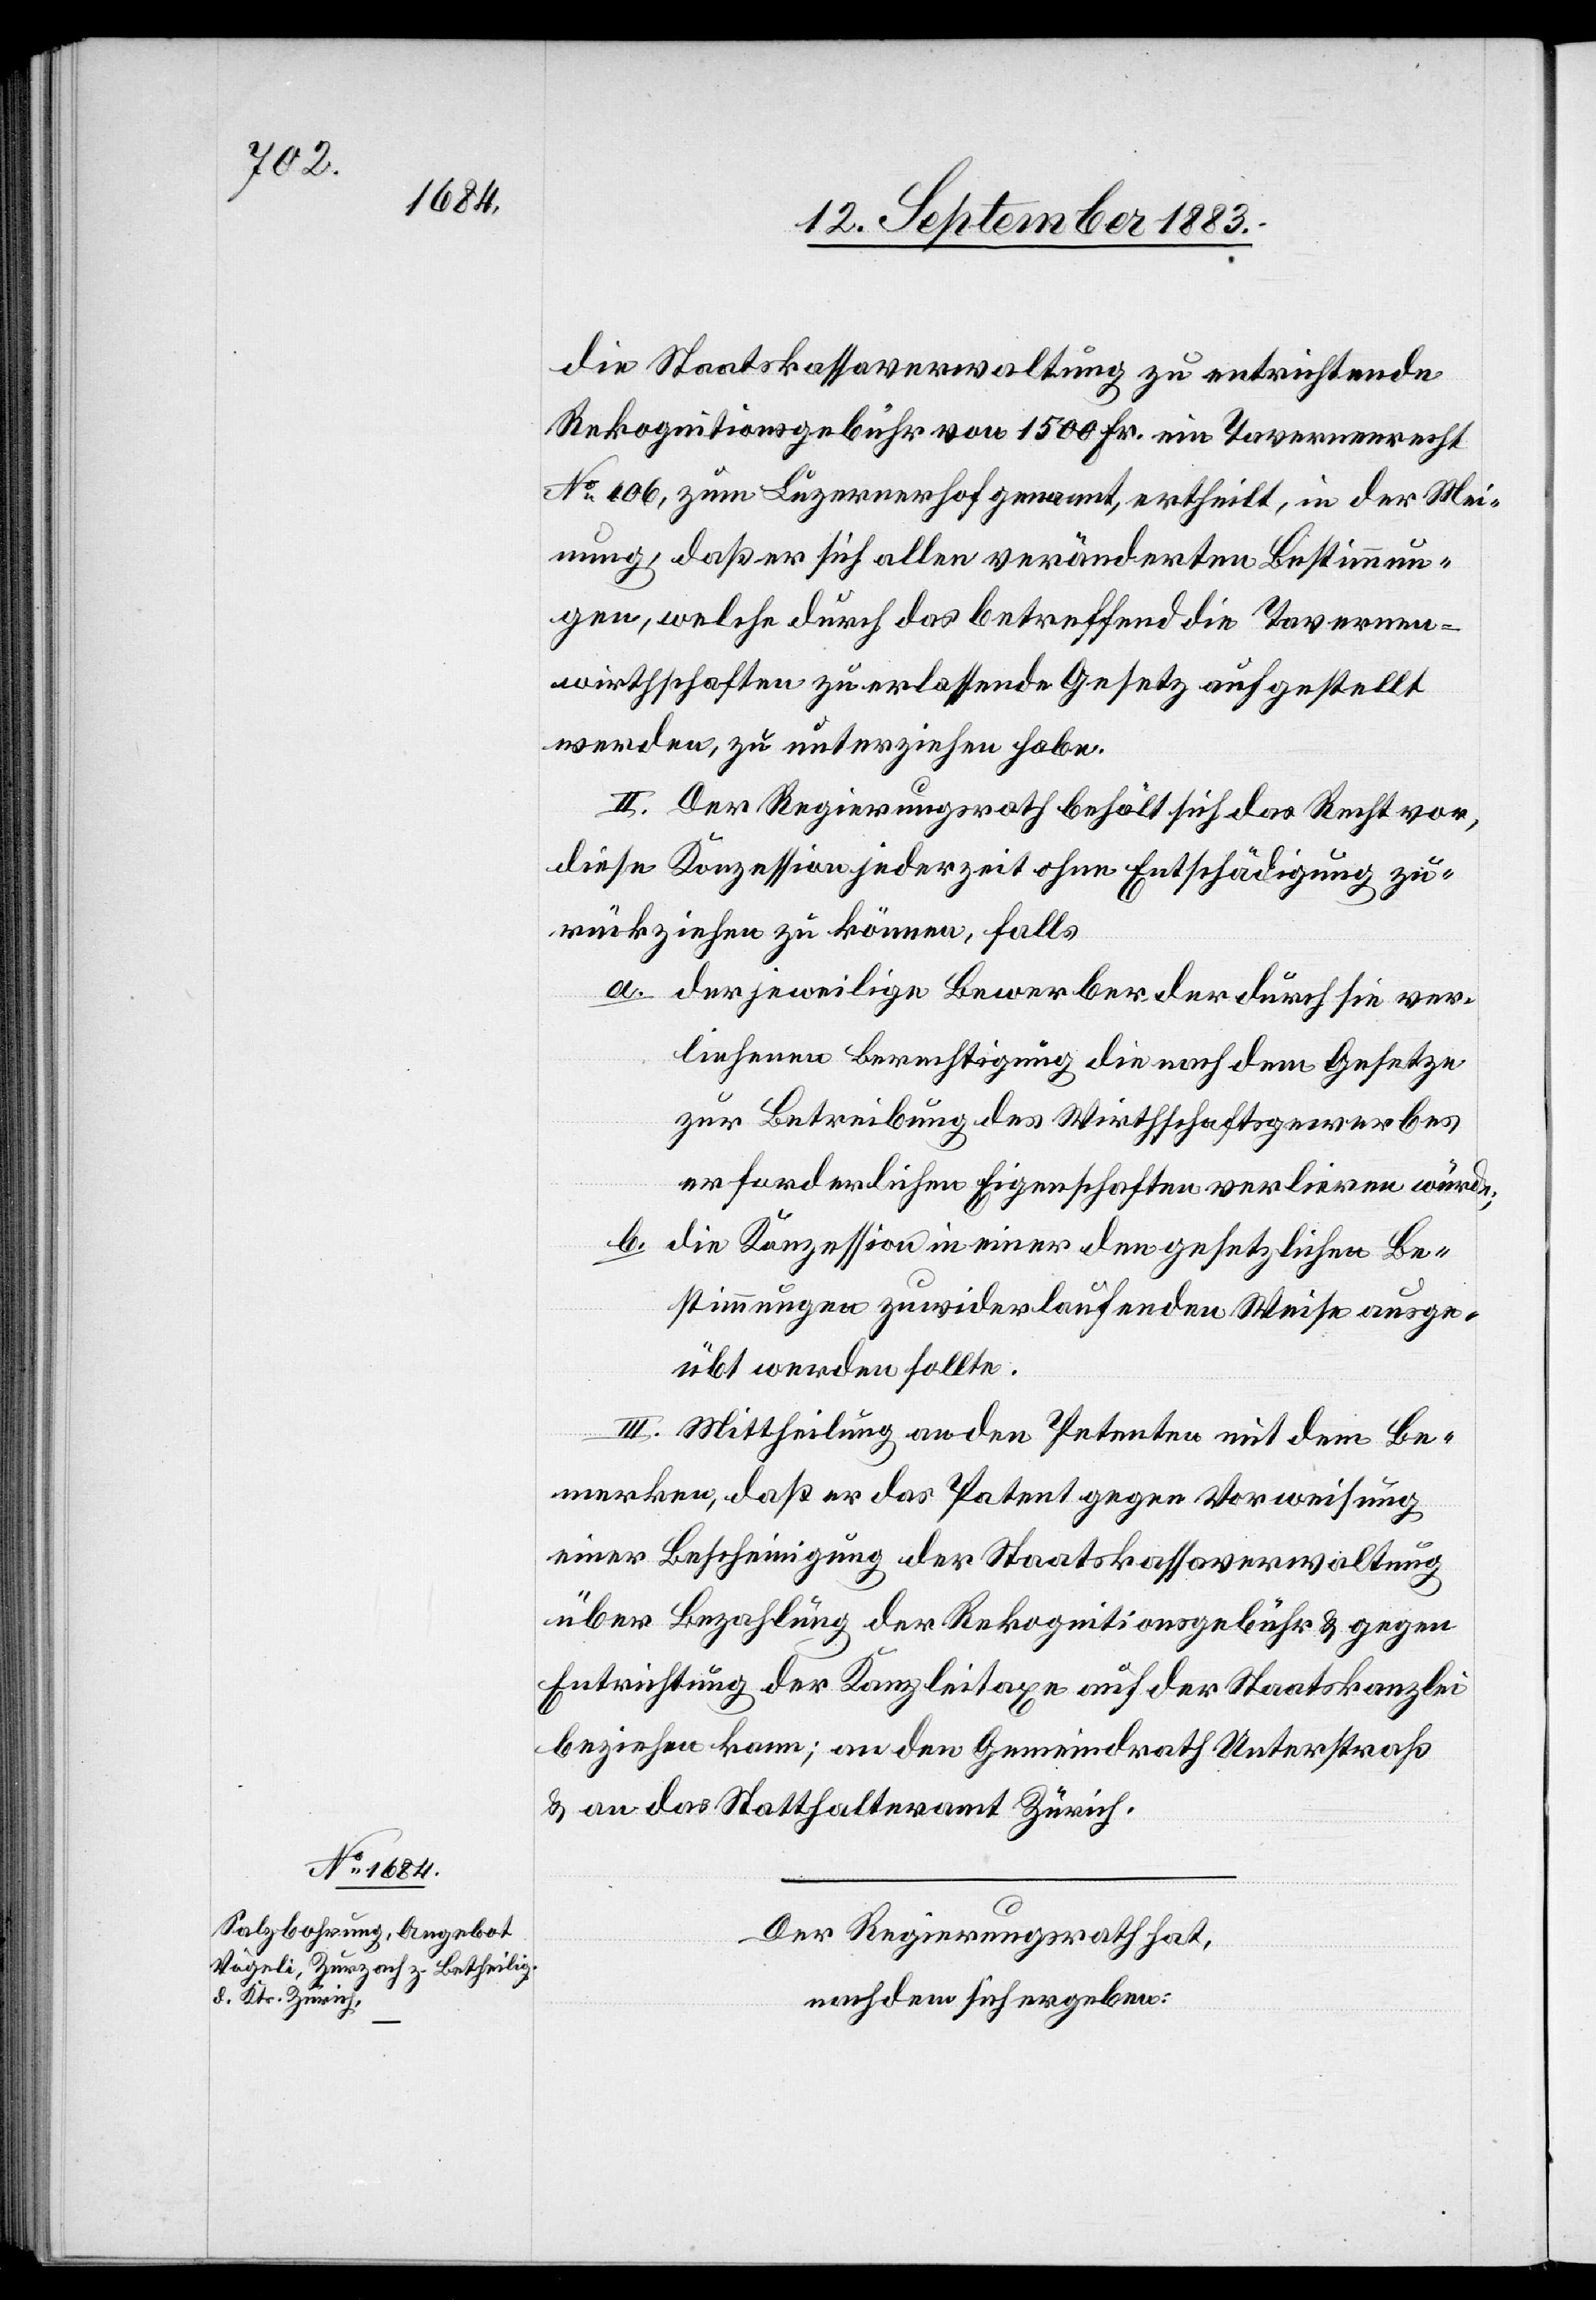
die Staatskassaverwaltung zu entrichtende
Rekognitionsgebühr von 1500 Fr. ein Tavernenrecht
No 106, zum Luzernerhof genannt, ertheilt, in der Mei¬
nung, daß er sich allen veränderten Bestimmun¬
gen, welche durch das betreffend Tavernen¬
wirthschaften zu erlassende Gesetz aufgestellt
werden, zu unterziehen hat.
II. Der Regierungsrath behält sich das Recht vor,
diese Konzession jederzeit ohne Entschädigung zu¬
rückziehen zu können, falls
a. der jeweilige Bewerber der durch sie ver¬
liehenen Berechtigung die nach dem Gesetze
zur Betreibung des Wirthschaftsgewerbes
erforderlichen Eigenschaften verlieren würde;
b. die Konzession in einer den gesetzlichen Be¬
stimmungen zuwiderlaufenden Weise ausge¬
übt werden sollte.
III. Mittheilung an den Petenten mit dem Be¬
merken, daß er das Patent gegen Vorweisung
einer Bescheinigung der Staatskassaverwaltung
über Bezahlung der Rekognitionsgebühr & gegen
Entrichtung der Kanzleitaxe auf der Staatskanzlei
beziehen kann; an den Gemeindrath Unterstraß
& an das Statthalteramt Zürich.
Der Regierungsrath,
nachdem sich ergeben: